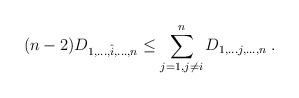
LaTeX: \begin{align*} (n-2) D_{ 1,\ldots, \hat i , \ldots , n } \leq \sum_{j=1, j\neq i}^n D_{ 1,\ldots j , \ldots , n } \; . \end{align*}